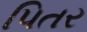
પિતર